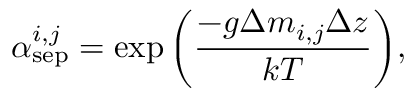
\alpha _ { \mathrm { s e p } } ^ { i , j } = \exp \bigg ( \frac { - g \Delta m _ { i , j } \Delta z } { k T } \bigg ) ,